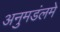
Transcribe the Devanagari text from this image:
अनुमडंलमे